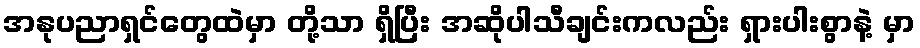
အနုပညာရှင်တွေထဲမှာ တို့သာ ရှိပြီး အဆိုပါသီချင်းကလည်း ရှားပါးစွာနဲ့ မှာ